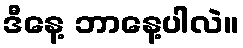
ဒီနေ့ ဘာနေ့ပါလဲ။